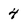
Character: 4